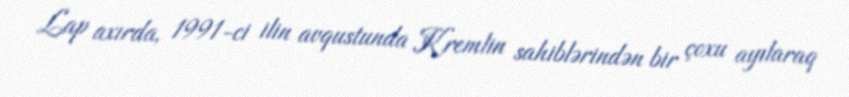
Lap axırda, 1991-ci ilin avqustunda Kremlin sahiblərindən bir çoxu ayılaraq